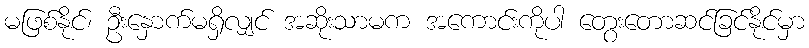
မဖြစ်နိုင်၊ ဦးနှောက်မရှိလျှင် အဆိုးသာမက အကောင်းကိုပါ တွေးတောဆင်ခြင်နိုင်မှာ